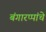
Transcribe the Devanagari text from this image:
बंगारप्पांचे